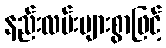
နည်းလမ်းများစွာဖြင့်